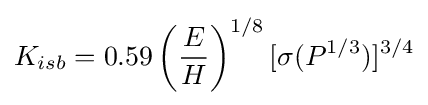
K_{isb}=0.59\left({\frac {E}{H}}\right)^{1/8}[\sigma (P^{1/3})]^{3/4}